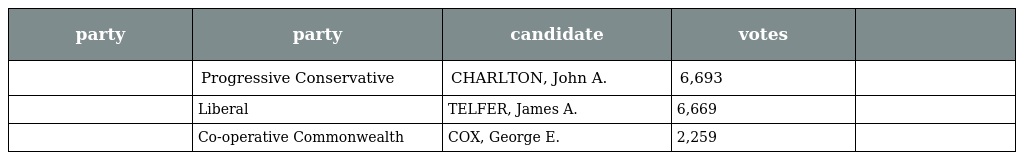
| party | party | candidate | votes |  |
 | --- | --- | --- | --- | --- |
 |  | Progressive Conservative | CHARLTON, John A. | 6,693 |  |
 |  | Liberal | TELFER, James A. | 6,669 |  |
 |  | Co-operative Commonwealth | COX, George E. | 2,259 |  |